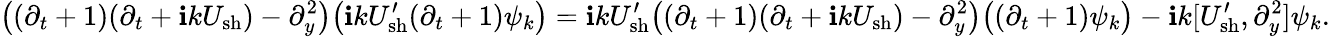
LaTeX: \big((\partial_{t}+1)(\partial_{t}+\mathbf{i}kU_{\mathrm{{sh}}})-\partial_{y}^{2}\big)\big(\mathbf{i}kU_{\mathrm{{sh}}}^{\prime}(\partial_{t}+1)\psi_{k}\big)=\mathbf{i}kU_{\mathrm{{sh}}}^{\prime}\big((\partial_{t}+1)(\partial_{t}+\mathbf{i}kU_{\mathrm{{sh}}})-\partial_{y}^{2}\big)\big((\partial_{t}+1)\psi_{k}\big)-\mathbf{i}k[U_{\mathrm{{sh}}}^{\prime},\partial_{y}^{2}]\psi_{k}.